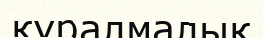
құралмалық